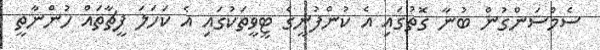
ސެމްސަންގުން ބުނާ ގޮތުގައި އެ ކުންފުނީގެ ޓީވީތަކުގައި އެ ކަހަލަ ފީޗާތައް ހުންނާތީ